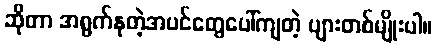
ဆိုတာ အရွက်နုတဲ့အပင်တွေပေါ်ကျတဲ့ ပျားတစ်မျိုးပါ။